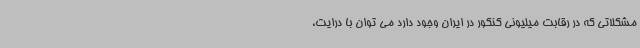
مشکلاتی که در رقابت میلیونی کنکور در ایران وجود دارد می توان با درایت،